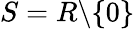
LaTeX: S=R\backslash\{ 0\}